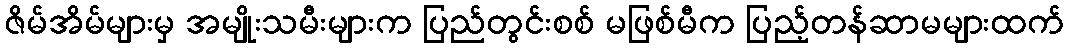
ဇိမ်အိမ်များမှ အမျိုးသမီးများက ပြည်တွင်းစစ် မဖြစ်မီက ပြည့်တန်ဆာမများထက်